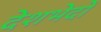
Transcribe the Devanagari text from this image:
देशभेदों